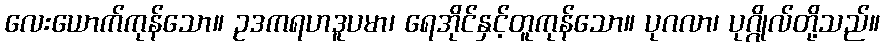
လေးယောက်ကုန်သော။ ဥဒကရဟဒူပမာ၊ ရေအိုင်နှင့်တူကုန်သော။ ပုဂလာ၊ ပုဂ္ဂိုလ်တို့သည်။